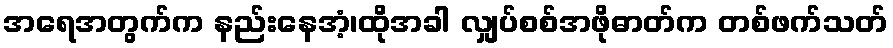
အရေအတွက်က နည်းနေအံ့၊ထိုအခါ လျှပ်စစ်အဖိုဓာတ်က တစ်ဖက်သတ်